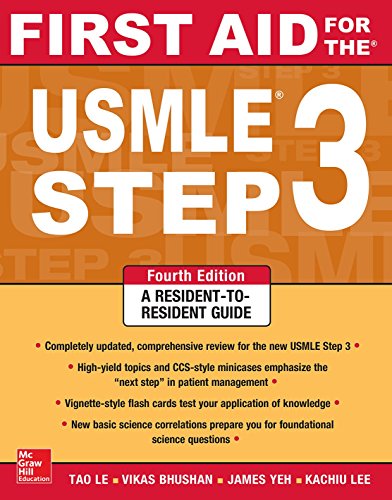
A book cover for First Aid for the USMLE Step 3, Fourth Edition (First Aid USMLE); Tao Le; Test Preparation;